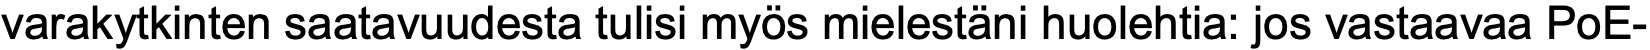
varakytkinten saatavuudesta tulisi myös mielestäni huolehtia: jos vastaavaa PoE-